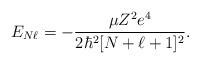
LaTeX: \begin{align*}E_{N\ell}=-\frac{\mu Z^2e^4}{2\hbar^2[N+\ell+1]^2}.\end{align*}